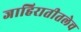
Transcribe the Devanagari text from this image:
जाहिरातीतलेच